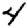
Digit: 4